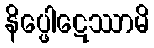
နိပ္ဖေါဋေဿာမိ